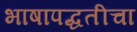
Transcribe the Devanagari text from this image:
भाषापद्धतीचा